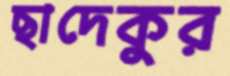
ছাদেকুর